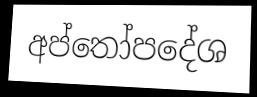
අප්තෝපදේශ